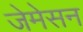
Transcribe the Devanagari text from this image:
जेमेसन